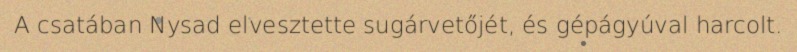
A csatában Nysad elvesztette sugárvetőjét, és gépágyúval harcolt.